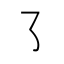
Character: ㇌